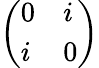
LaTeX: \left(\begin{array}{ll}{0}&{i}\\ {i}&{0}\end{array}\right)